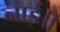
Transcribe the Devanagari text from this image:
नाईं॥